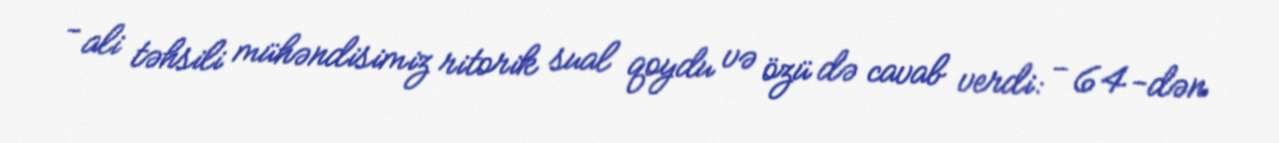
- ali təhsili mühəndisimiz ritorik sual qoydu və özü də cavab verdi: - 64-dən